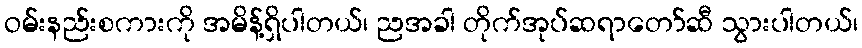
ဝမ်းနည်းစကားကို အမိန့်ရှိပါတယ်၊ ညအခါ တိုက်အုပ်ဆရာတော်ဆီ သွားပါတယ်၊